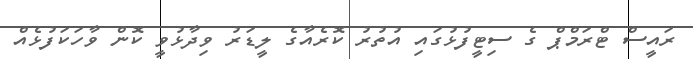
ރައީސް ޓްރަމްޕް ގެ ސިޓީފުޅުގައި އުތުރު ކޮރެއާގެ ލީޑަރު ވިދާޅުވީ ކޮން ވާހަކަފުޅެއް